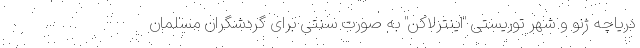
دریاچه ژنو و شهر توریستی "اینترلاکن" به صورت سنتی برای گردشگران مسلمان